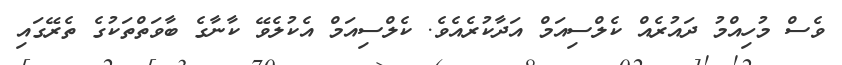
ވެސް މުހިއްމު ދައުރެއް ކެލްސިއަމް އަދާކުރެއެވެ. ކެލްސިއަމް އެކުލެވޭ ކާނާގެ ބާވަތްތަކުގެ ތެރޭގައި